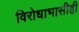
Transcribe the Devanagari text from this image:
विरोधाभासीही